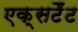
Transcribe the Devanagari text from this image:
एक्सटैंट